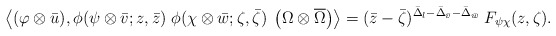
\begin{align*}\left\langle (\varphi\otimes\bar{u}),\phi(\psi\otimes\bar{v}; z,\bar{z})\;\phi(\chi\otimes\bar{w}; \zeta,\bar{\zeta})\;\left(\Omega \otimes \overline{\Omega}\right) \right\rangle =(\bar{z} - \bar{\zeta}) ^{\bar{\Delta}_{l} - \bar{\Delta}_{\bar{v}} -\bar{\Delta}_{\bar{w}}} \; F_{\psi \chi}(z,\zeta).\end{align*}